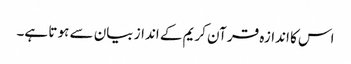
اس کا اندازہ قر آن کریم کے انداز بیان سے ہو تا ہے۔